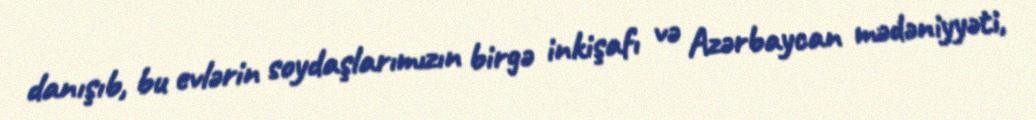
danışıb, bu evlərin soydaşlarımızın birgə inkişafı və Azərbaycan mədəniyyəti,